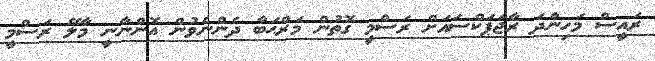
ރައީސް މަހިންދަ ރާޖަޕަކްސައަށް ރަސްމީ ގޮތުން މަރްޙަބާ ދެންނެވުން އޮންނާނީ މާލޭ ރަސްމީ